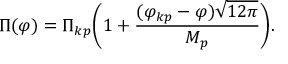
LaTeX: \Pi ( \varphi ) = \Pi _ { k p } \Biggl ( 1 + \frac { ( \varphi _ { k p } - \varphi ) \sqrt { 1 2 \pi } } { M _ { p } } \Biggr ) .